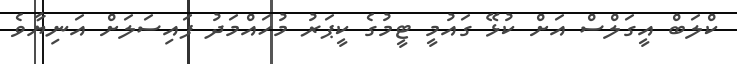
ކްލަބް އީގަލްސް އަށް ކުޅޭ ގައުމީ ޓީމުގެ ކީޕަރު މުހައްމަދު ފައިސަލަށް އަނިޔާވެ